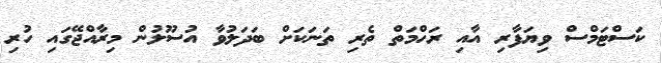
ކަސްޓަމްސް ވިޔަފާރި އާއި ރަހްމަތް ތެރި ތަނަކަށް ބަދަލުވާ އުސޫލުން މިރާއްޖޭގައި ހުރި